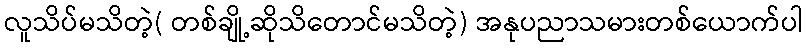
လူသိပ်မသိတဲ့( တစ်ချို့ဆိုသိတောင်မသိတဲ့) အနုပညာသမားတစ်ယောက်ပါ